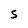
Character: S